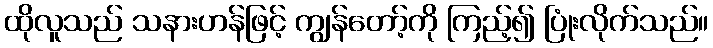
ထိုလူသည် သနားဟန်ဖြင့် ကျွန်တော့်ကို ကြည့်၍ ပြုံးလိုက်သည်။